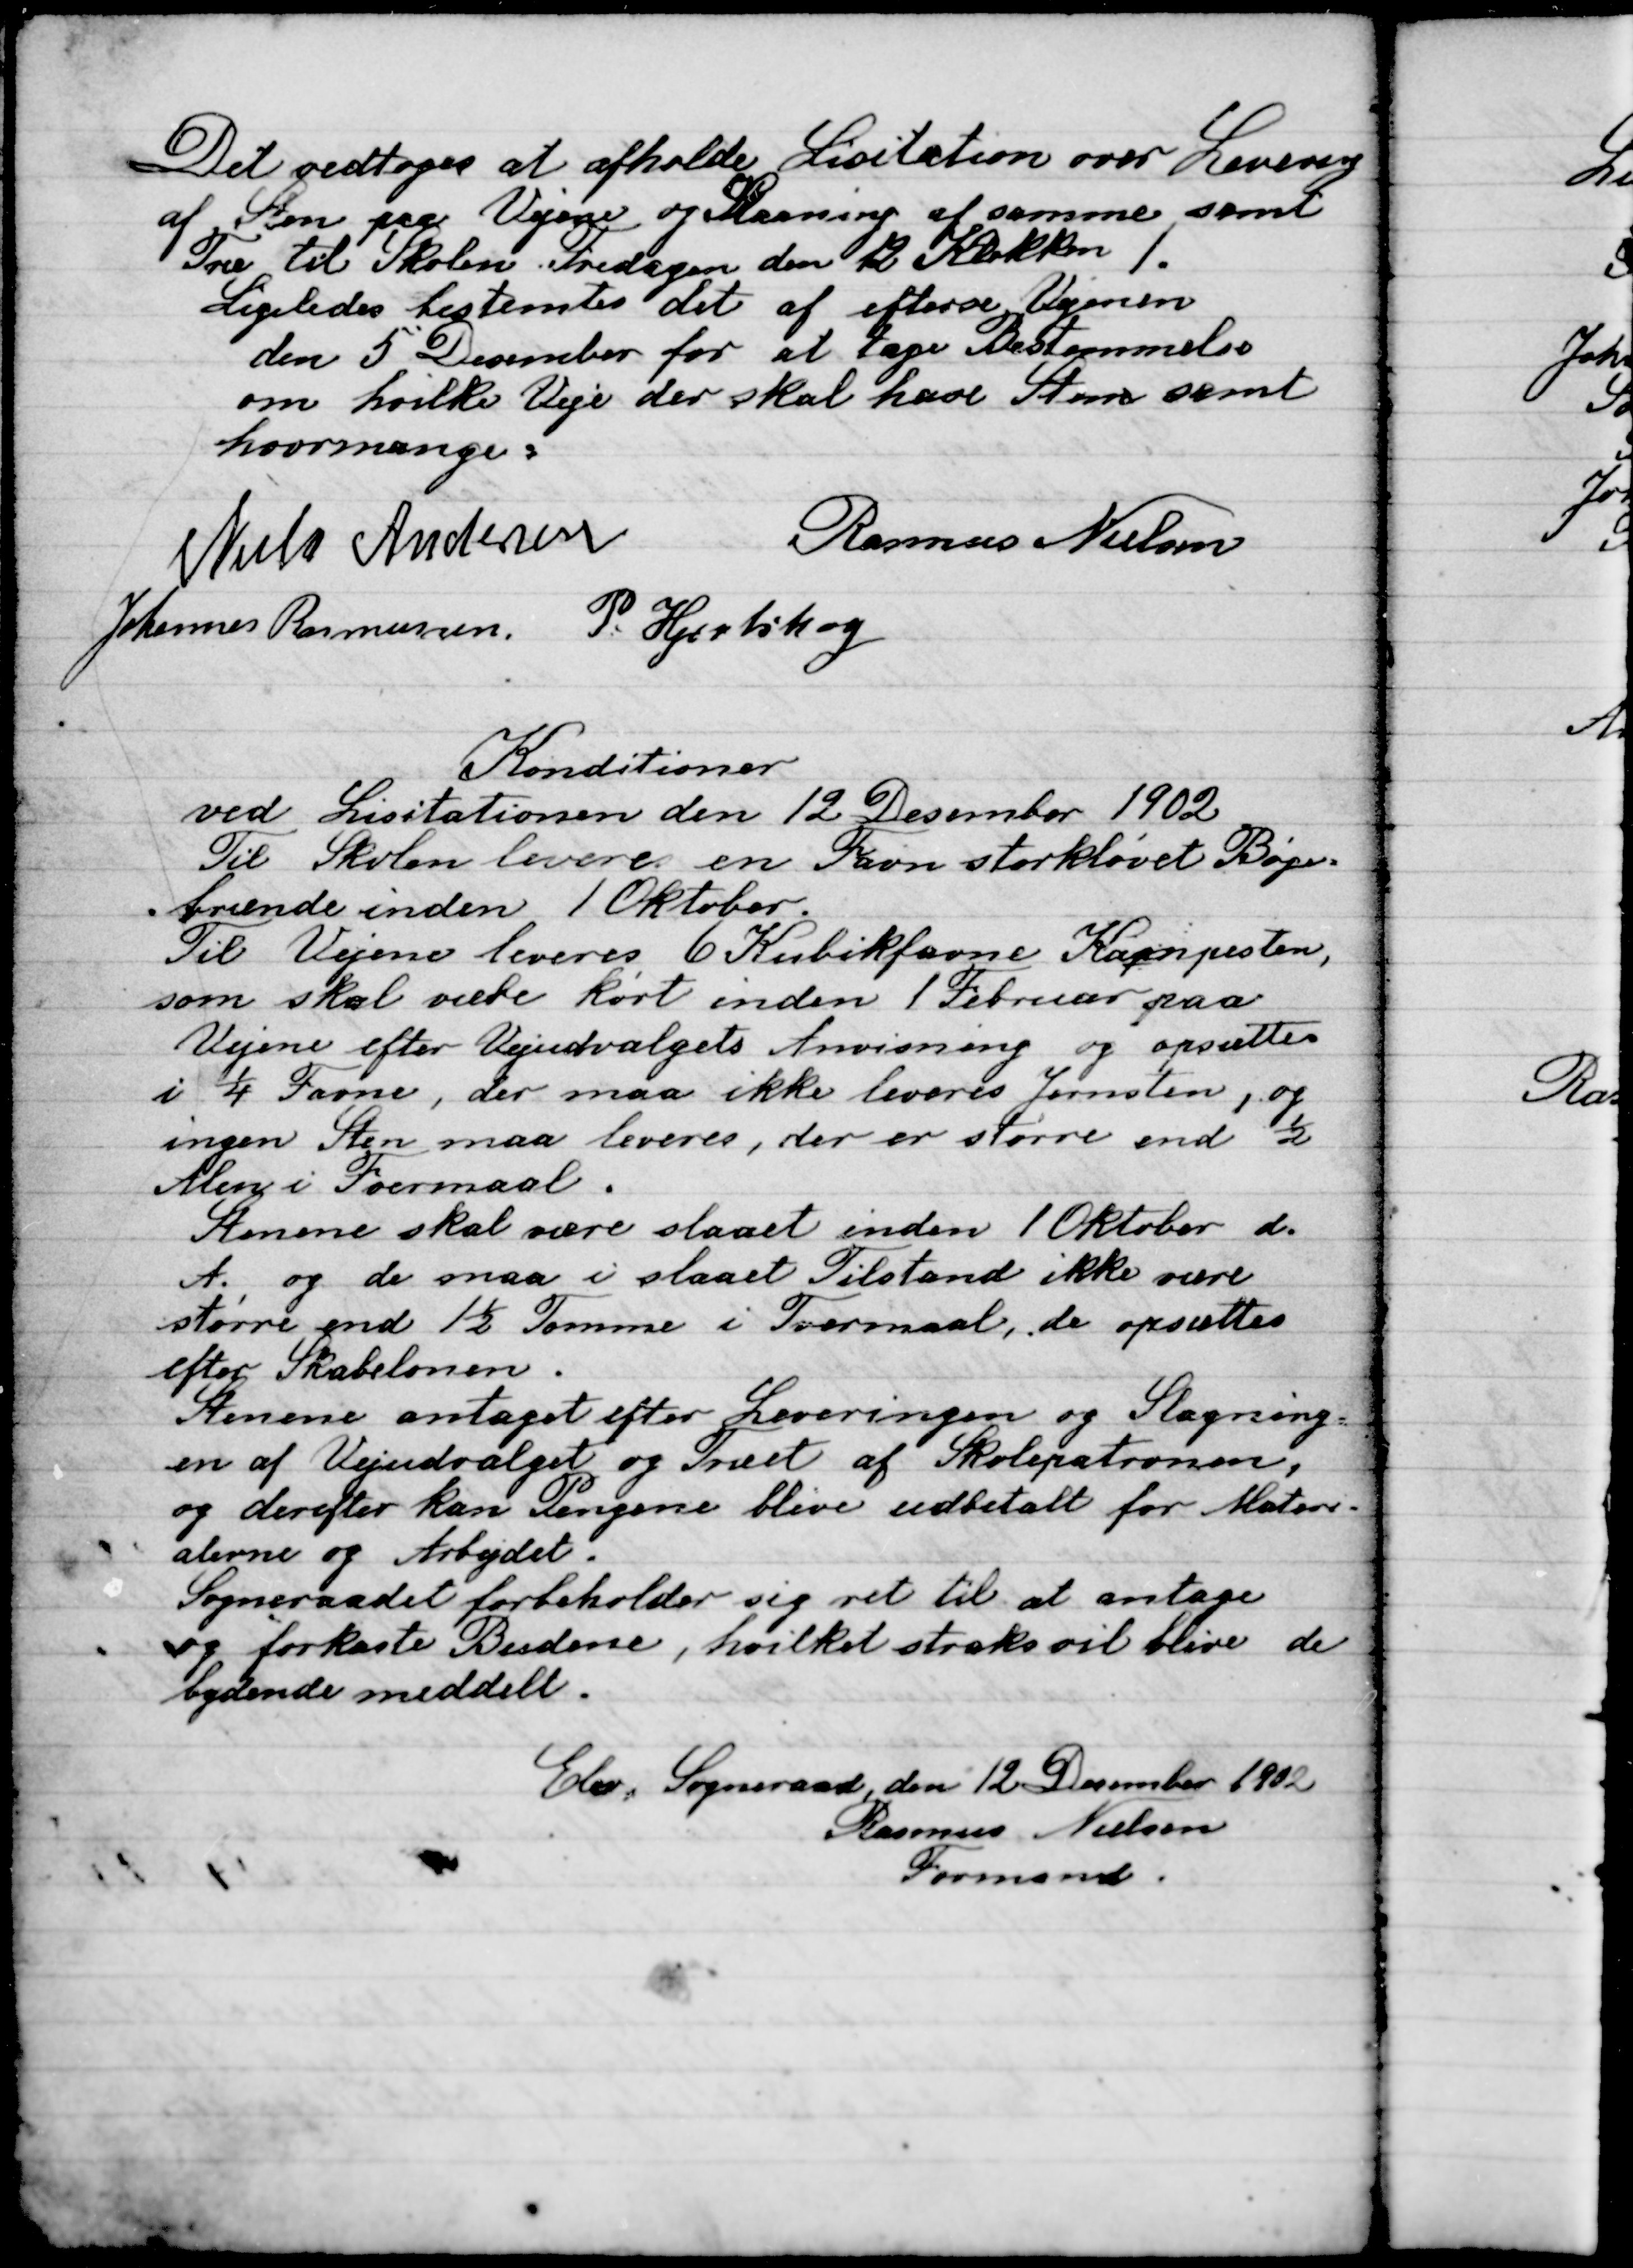
Transskription:
Det vedtoges at afholde Licitation over Levering
af Sten paa Vejen og Skraaning af samme, samt
Træ til Skolen Tirsdagen den 12 Klokken 1,
Ligeledes bestemtes det at efterse Vejen
den 5 December for at tage Bestemmelse
om hvilke Veje der skal have Sten samt
hvor mange.

Niels Andersen
Rasmus Nielsen
Johannes Rasmussen
P. Hjortshøj

Konditioner
Ved Licitationen den 12 December 1902
Til Skolen leveres en favn storkløvet Bøge-
brænde inden 1 Oktober
Til Vejene leveres 6 Kubikfavne Kampesten,
som skal være kørt inden 1 Februar paa
Vejene efter Vejudvalgets Anvisning og opsættes
I ¼ Favne, der maa ikke leveres Jernsten, og
Ingen Sten maa leveres, der er større end ½
Alen i Formaal.
Stenene skal være slaaet indne 1 Oktober d.
A.	og de maa i slaaet Tilstand ikke være
større end 1½ Tomme i Tværmaal, de opsættes
efter Skabelonen.
Stenene antaget efter Leveringen og Slagning
en af vejudvalget og Truet af Skolepatronen.
og derefter kan Pengene blive udbetalt for Materi-
alerne og Arbejdet.
Sogneraadet forbeholder sig ret til at antage
og forkaste Budene, hvilket straks vil blive de
bydende meddelt.
Elev Sogneraad, den 12 december 1902
Rasmus Nielsen
Formand.